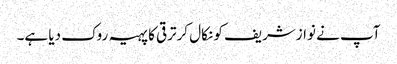
آپ نے نوازشریف کو نکال کرترقی کا پہیہ روک دیا ہے۔